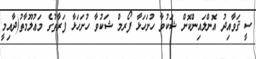
ސީ ޤަވާއިދު އޮންލައިންކޮށް ޝަކުވާ ހުށަހަޅާ ފޯރމް ޝަކުވާ ހުށަހަޅާ ފަރާތުގެ މަޢުލޫމާތު(ދާއިމީ